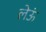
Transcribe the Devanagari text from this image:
लेऊं